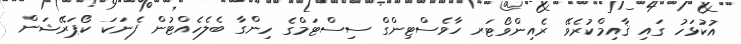
އުކުޅަހު ގައި ޤާއިމްކުރެވޭ ރެއިންވޯޓަރ ހާވެސްޓިންގް ސިސްޓަމްގެ ހިންގާ ބެލެހެއްޓުން ފެނަކަ ކޯޕަރޭޝަން